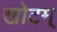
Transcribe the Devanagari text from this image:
खोटम्